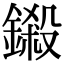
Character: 鎩